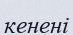
кенені